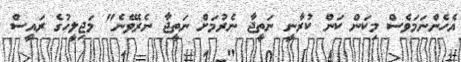
އެހެންނަމަވެސް މިކަން ކަން ކުރާނީ ނަތީޖާ ނެރުމަށް ނަތީޖާ ނެރެވޭނެ" މަޖިލީހުގެ ރައީސް